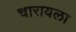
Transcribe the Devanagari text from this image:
चारायला